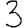
Digit: 3